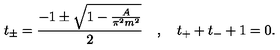
t _ { \pm } = \frac { - 1 \pm \sqrt { 1 - \frac { A } { \pi ^ { 2 } m ^ { 2 } } } } { 2 } \quad , \quad t _ { + } + t _ { - } + 1 = 0 .